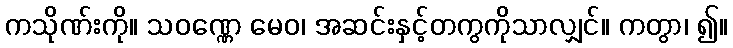
ကသိုဏ်းကို။ သဝဏ္ဏေ မေဝ၊ အဆင်းနှင့်တကွကိုသာလျှင်။ ကတွာ၊ ၍။